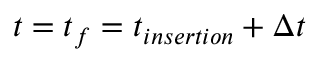
t = t _ { f } = t _ { i n s e r t i o n } + \Delta t